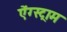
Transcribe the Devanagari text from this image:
ऐंग्स्ट्राम